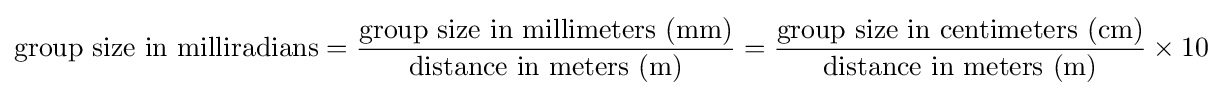
{\text{group size in milliradians}}={\frac {\text{group size in millimeters (mm)}}{\text{distance in meters (m)}}}={\frac {\text{group size in centimeters (cm)}}{\text{distance in meters (m)}}}\times 10